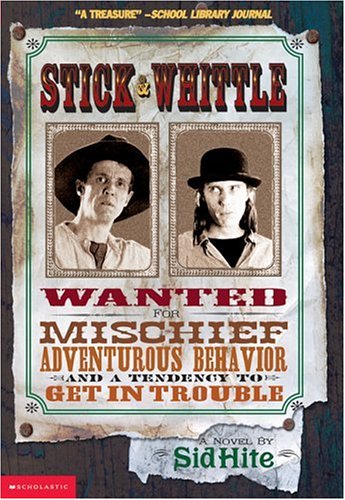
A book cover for Stick and Whittle (pb); Sid Hite; Teen & Young Adult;